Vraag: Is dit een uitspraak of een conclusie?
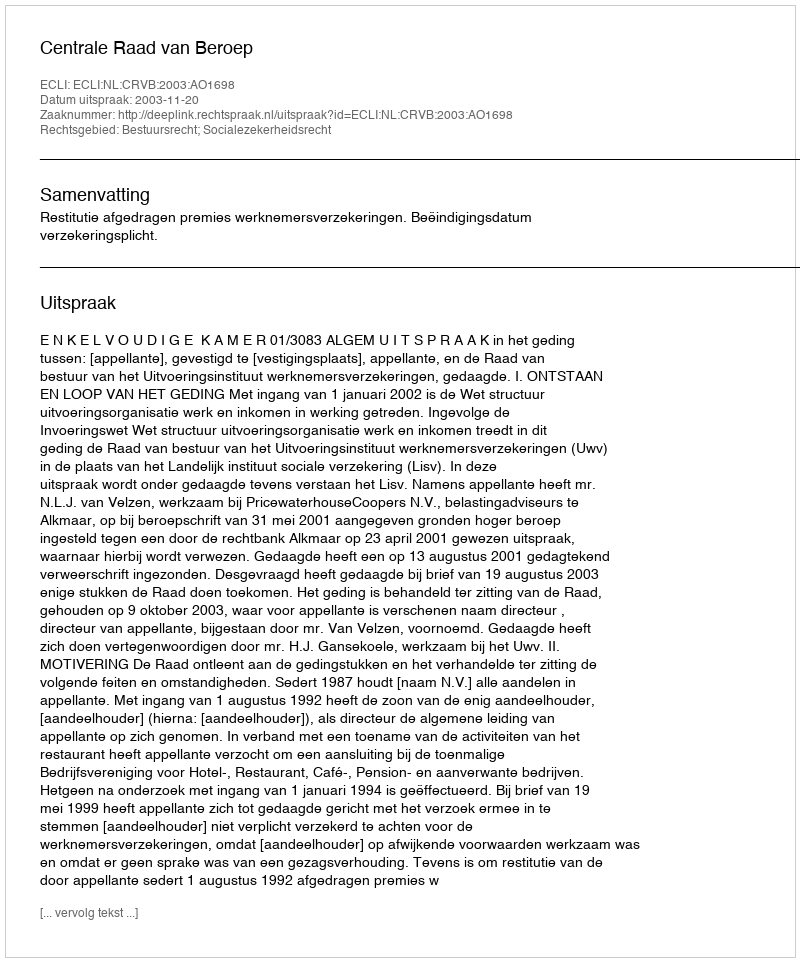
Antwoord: Uitspraak